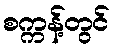
စက္ကန့်တွင်